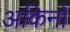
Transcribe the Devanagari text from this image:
अकिनो